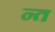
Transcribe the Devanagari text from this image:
न्त